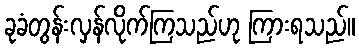
ခုခံတွန်းလှန်လိုက်ကြသည်ဟု ကြားရသည်။